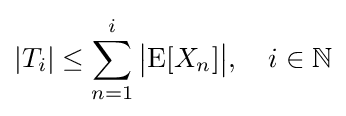
|T_{i}|\leq \sum _{n=1}^{i}{\bigl |}\!\operatorname {E} [X_{n}]{\bigr |},\quad i\in {\mathbb {N} }